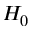
H _ { 0 }